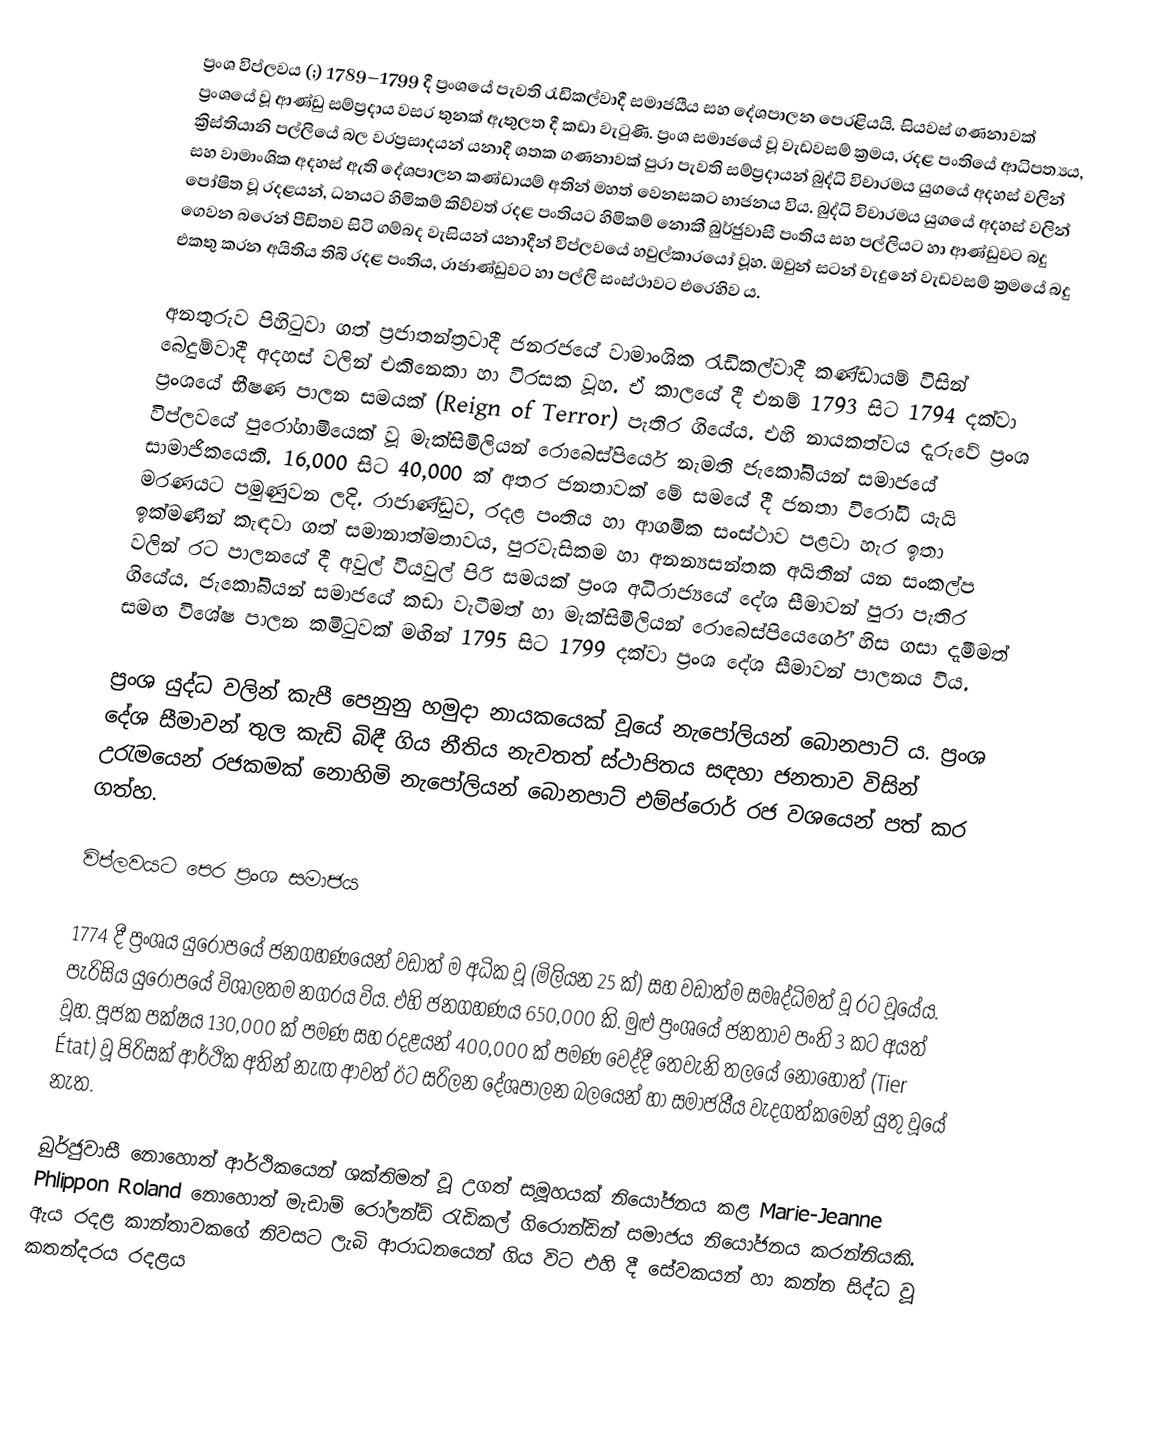
ප්‍රංශ විප්ලවය (;) 1789–1799 දී ප්‍රංශයේ පැවති රැඩිකල්වාදී සමාජයීය සහ දේශපාලන පෙරළියයි.  සියවස් ගණනාවක් ප්‍රංශයේ වූ ආණ්ඩු සම්ප්‍රදාය වසර තුනක් ඇතුලත දී කඩා වැටුණි.  ප්‍රංශ සමාජයේ වූ වැඩවසම් ක්‍රමය, රදළ පංතියේ ආධිපත්‍යය, ක්‍රිස්තියානි පල්ලියේ බල වරප්‍රසාදයන් යනාදී ශතක ගණනාවක් පුරා පැවති සම්ප්‍රදායන් බුද්ධි විචාරමය යුගයේ අදහස් වලින් සහ වාමාංශික අදහස් ඇති දේශපාලන කණ්ඩායම් අතින් මහත් වෙනසකට භාජනය විය. බුද්ධි විචාරමය යුගයේ අදහස් වලින් පෝෂිත වූ රදළයන්, ධනයට හිමිකම් කිව්වත් රදළ පංතියට හිමිකම් නොකී බුර්ජුවාසී පංතිය සහ පල්ලියට හා ආණ්ඩුවට බදු ගෙවන බරෙන් පීඩිතව සිටි ගම්බද වැසියන් යනාදීන් විප්ලවයේ හවුල්කාරයෝ වූහ. ඔවුන් සටන් වැදුනේ වැඩවසම් ක්‍රමයේ බදු එකතු කරන අයිතිය තිබි රදළ පංතිය, රාජාණ්ඩුවට හා පල්ලි සංස්ථාවට එරෙහිව ය.

අනතුරුව පිහිටුවා ගත් ප්‍රජාතන්ත්‍රවාදී ජනරජයේ වාමාංශික රැඩිකල්වාදී කණ්ඩායම් විසින් බෙදුම්වාදී අදහස් වලින් එකිනෙකා හා විරසක වූහ. ඒ කාලයේ දී එනම් 1793 සිට 1794 දක්වා ප්‍රංශයේ භීෂණ පාලන සමයක් (Reign of Terror) පැතිර ගියේය. එහි නායකත්වය දැරුවේ ප්‍රංශ විප්ලවයේ පුරෝගාමියෙක් වූ මැක්සිමිලියන් රොබෙස්පියෙර් නැමති ජැකෝබියන් සමාජයේ සාමාජිකයෙකි. 16,000 සිට 40,000 ක් අතර ජනතාවක් මේ සමයේ දී ජනතා විරෝධී යැයි මරණයට පමුණුවන ලදි.  රාජාණ්ඩුව, රදළ පංතිය හා ආගමික සංස්ථාව පළවා හැර ඉතා ඉක්මණින් කැඳවා ගත් සමානාත්මතාවය, පුරවැසිකම හා අනන්‍යසන්තක අයිතීන් යන සංකල්ප වලින් රට පාලනයේ දී අවුල් වියවුල් පිරි සමයක් ප්‍රංශ අධිරාජ්‍යයේ දේශ සීමාවන් පුරා පැතිර ගියේය. ජැකෝබියන් සමාජයේ කඩා වැටීමත් හා මැක්සිමිලියන් රොබෙස්පියෙර්ගේ හිස ගසා දැමීමත් සමඟ විශේෂ පාලන කමිටුවක් මඟින් 1795 සිට 1799 දක්වා ප්‍රංශ දේශ සීමාවන් පාලනය විය.

ප්‍රංශ යුද්ධ වලින් කැපී පෙනුනු හමුදා නායකයෙක් වූයේ නැපෝලියන් බොනපාට් ය. ප්‍රංශ දේශ සීමාවන් තුල කැඩි බිඳී ගිය නීතිය නැවතත් ස්ථාපිතය සඳහා ජනතාව විසින් උරැමයෙන් රජකමක් නොහිමි නැපෝලියන් බොනපාට් එම්ප්රොර්  රජ වශයෙන් පත් කර ගත්හ.

විප්ලවයට පෙර ප්‍රංශ සමාජය

1774 දී ප්‍රංශය යුරෝපයේ ජනගහණයෙන් වඩාත් ම අධික වූ (මිලියන 25 ක්) සහ වඩාත්ම සමෘද්ධිමත් වූ රට වූයේය. පැරිසිය යුරෝපයේ විශාලතම නගරය විය. එහි ජනගහණය 650,000 කි. මුළු ප්‍රංශයේ ජනතාව පංති 3 කට අයත් වූහ. පූජක පක්ෂය 130,000 ක් පමණ සහ රදළයන් 400,000 ක් පමණ වෙද්දී තෙවැනි තලයේ නොහොත් (Tier État) වූ පිරිසක් ආර්ථික අතින් නැඟ ආවත් ඊට සරිලන දේශපාලන බලයෙන් හා සමාජයීය වැදගත්කමෙන් යුතු වූයේ නැත.

බුර්ජුවාසී නොහොත් ආර්ථිකයෙන් ශක්තිමත් වූ උගත් සමූහයක් නියෝජනය කළ Marie-Jeanne Phlippon Roland නොහොත් මැඩාම් රෝලන්ඩ්  රැඩිකල් ගිරොන්ඩින් සමාජය නියෝජනය කරන්නියකි. ඇය රදළ කාන්තාවකගේ නිවසට ලැබි ආරාධනයෙන් ගිය විට එහි දී සේවකයන් හා කන්න සිද්ධ වූ කතන්දරය රදළය